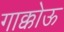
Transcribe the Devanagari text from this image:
गाक्कोऊ